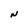
Character: N